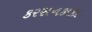
કરસનકાકા